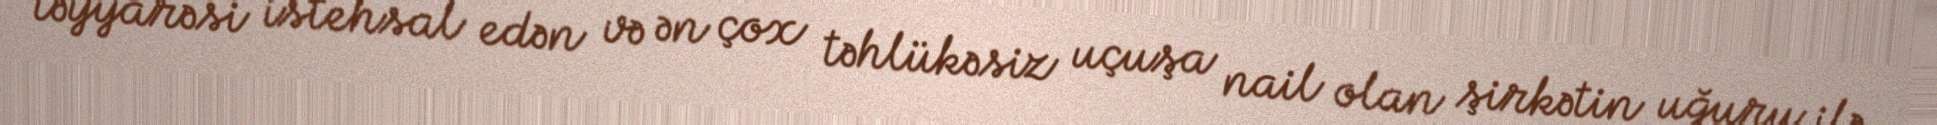
təyyarəsi istehsal edən və ən çox təhlükəsiz uçuşa nail olan şirkətin uğuru ilə